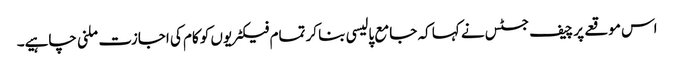
اس موقعے پر چیف جسٹس نے کہا کہ جامع پالیسی بنا کر تمام فیکٹریوں کو کام کی اجازت ملنی چاہیے۔